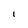
Character: I